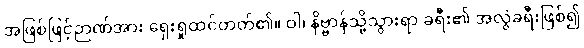
အဖြစ်ဖြင့်ဉာဏ်အား ရှေးရှုထင်တတ်၏။ ဝါ၊ နိဗ္ဗာန်သို့သွားရာ ခရီး၏ အလွဲခရီးဖြစ်၍